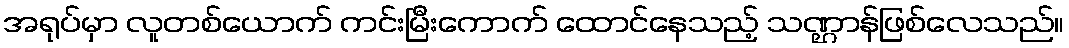
အရုပ်မှာ လူတစ်ယောက် ကင်းမြီးကောက် ထောင်နေသည့် သဏ္ဌာန်ဖြစ်လေသည်။